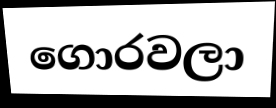
ගොරවලා